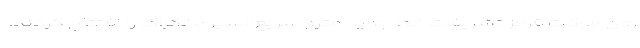
روی موکت قرمز تشریفات خط جدید مترو سریع‌السیر بانکوک را افتتاح کردند.